Annual report on the working of the mental hospitals in the Madras Presidency - 1912-1932
Year: 1912
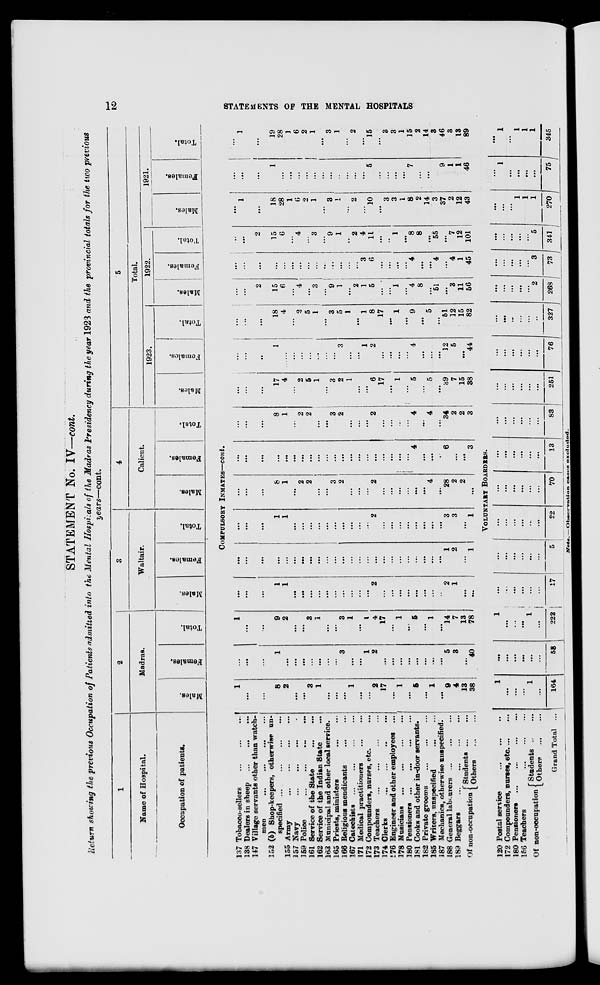
12
STATEMENTS OF THE MENTAL HOSPITALS
STATEMENT No. IV—cont.
Return showing the previous Occupation of Patients admitted into the Mental Hospitals of the Madras Presidency during the year 1923 and the Provincial totals for the two previous
years—cont.
1
Name of Hospital.
Occupation of Patients.
2
Madras.
Males.
Females.
Total.
3
Waltair.
Males.
Females.
Total.
4
Calicut.
Males.
Females.
Total.
5
Total.
1923.
Males.
Females.
Total.
1922.
Males.
Females.
Total.
1921.
Males.
Females.
Total.
COMPULSORY INMATES—cont.
137 Tobacco-sellers
...
...
...
138 Dealers in sheep ... ... ...
147 Village servants other than watch-
men ... ... ... ...
152 (b) Shop-keepers, otherwise un-
specified ...
...
...
...
155 Army ... ... ... ...
157 Navy
...
...
...
...
159 Police
...
...
...
161 Service of the State
...
...
162 Service of the Indian State ...
163 Municipal and other local service.
165 Priests, ministers ... ...
166 Religious mendicants
...
...
167 Catechists
...
...
...
...
171 Medical practitioners ... ...
172 Compounders, nurses, etc. ...
173 Teachers
...
...
...
...
174 Clerks ... ... ... ...
176 Engineer and other employees ...
178 Musicians
...
...
...
...
180 Pensioners ... ... ... ...
181 Cooks and other in-door servants.
182 Private grooms
...
...
...
185 Writers, unspecified
...
...
187 Mechanics, otherwise unspecified.
188 General labourers ...
...
...
189 Beggars
...
...
...
...
Of non-occupation
Students ...
...
Others
...
...
1
...
...
8
2
...
...
3
1
...
...
...
1
...
...
2
17
...
1
...
5
...
1
...
9
4
13
38
...
...
...
1
...
...
...
...
...
...
...
3
...
...
1
2
...
...
...
...
...
...
...
...
5
3
...
40
1
...
...
9
2
...
...
3
1
...
...
3
1
...
1
4
17
...
1
...
5
...
1
...
14
7
13
78
...
...
...
1
1
...
...
...
...
...
...
...
...
...
...
2
...
...
...
...
...
...
...
..
2
1
...
...
...
...
...
...
...
...
...
...
...
...
...
...
...
...
...
...
...
...
...
...
...
...
...
...
1
2
...
1
...
...
...
1
1
...
...
...
...
...
...
...
...
...
...
2
...
...
...
...
...
...
...
...
3
3
...
1
...
...
...
8
1
...
2
2
...
...
3
2
...
...
...
2
...
...
...
...
...
...
4
...
28
2
2
...
...
...
...
...
...
...
...
...
...
...
...
...
...
...
...
...
...
...
...
...
4
...
...
...
6
...
...
3
...
...
...
8
1
...
2
2
...
...
3
2
...
...
...
2
...
...
...
...
4
...
4
...
34
2
2
3
...
...
...
17
4
...
2
5
1
...
3
2
1
...
...
6
17
...
1
...
5
...
5
...
39
7
15
38
...
...
...
1
...
...
...
...
...
...
...
3
...
...
1
2
...
...
...
...
4
...
...
...
12
5
...
44
...
...
...
18
4
...
2
5
1
...
3
5
1
...
1
8
17
...
1
...
9
...
5
...
51
12
15
82
...
...
2
15
6
...
4
...
3
...
9
1
...
2
1
5
...
...
1
...
4
8
...
51
...
3
11
56
...
...
...
...
...
...
...
...
...
...
...
...
...
...
3
6
...
...
...
...
4
...
...
4
...
4
1
45
...
...
2
15
6
...
4
...
3
...
9
1
...
2
4
11
...
...
1
...
8
8
...
55
...
7
12
101
...
1
...
18
28
1
6
2
1
...
3
1
...
2
...
10
...
3
3
1
8
2
14
3
37
2
12
43
...
...
...
1
...
...
...
...
...
...
...
...
...
...
...
5
...
...
...
...
7
...
...
...
9
1
1
46
...
1
...
19
28
1
6
2 1
...
3
1
...
2
...
15
...
3
3
1
15
2
14
3
46
3
13
89
VOLUNTARY BOARDERS.
120 Postal service
...
...
...
172 Compounders, nurses, etc. ... ...
180 Pensioners
...
...
...
...
156 Teachers
...
...
...
Of non-occupation Students ... ...
Others ... ...
Grand Total ...
1
...
...
...
1
...
164
...
...
...
...
...
...
58
1
...
...
...
1
...
222
...
...
...
...
...
...
17
...
...
...
...
...
...
5
...
...
...
...
...
...
22
...
...
...
...
...
...
70
... ...
...
...
...
...
13
...
...
...
...
...
...
83
... ...
...
...
...
...
251
...
...
...
...
...
...
76
...
...
...
...
...
...
327
...
...
...
...
...
2
268
...
...
...
...
...
3
73
...
...
...
...
...
5
341
...
...
...
1
1
1
270
...
1
...
...
...
...
75
...
1
...
1
1
1
345
Note. — Observation
cases
excluded.